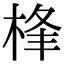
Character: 桻